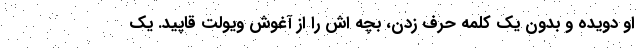
او دویده و بدون یک کلمه حرف زدن، بچه اش را از آغوش ویولت قاپید. یک